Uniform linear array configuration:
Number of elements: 12
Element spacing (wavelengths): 1
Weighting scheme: binomial
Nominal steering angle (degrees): -60
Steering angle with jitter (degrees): -61.536
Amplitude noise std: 0.05
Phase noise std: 0.05

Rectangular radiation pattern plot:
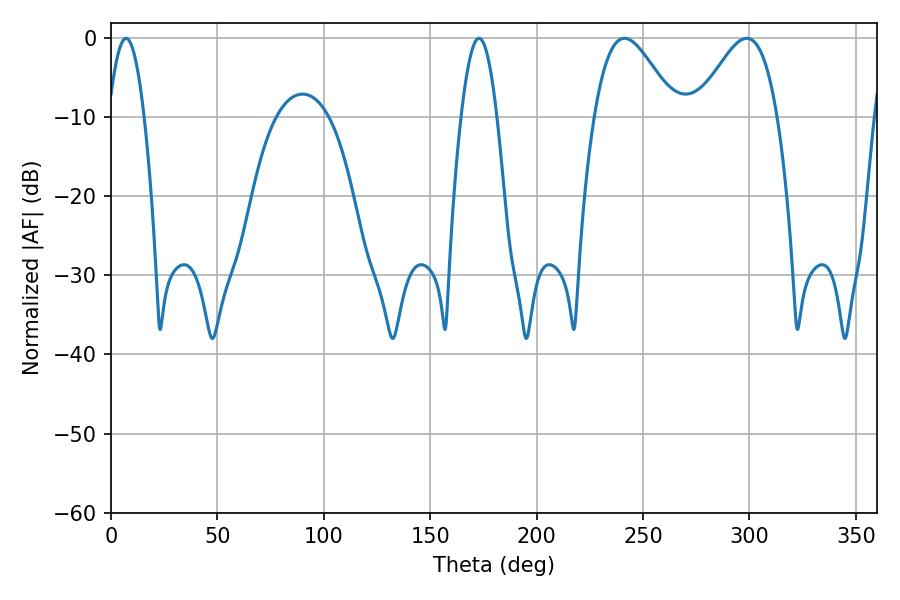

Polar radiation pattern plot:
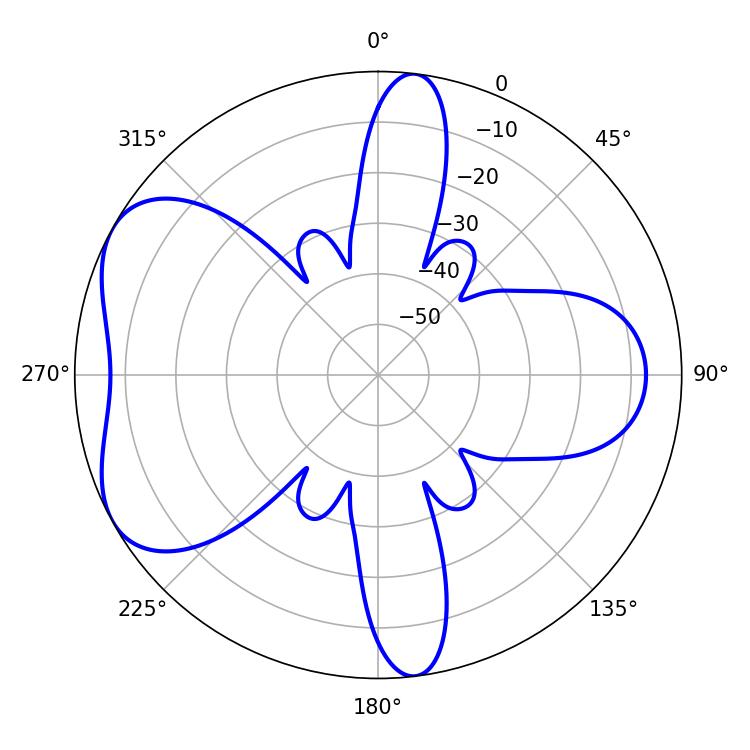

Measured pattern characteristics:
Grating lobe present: TRUE
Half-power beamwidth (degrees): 20.16
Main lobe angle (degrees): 241.2